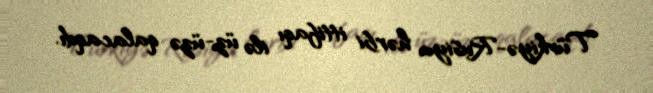
Türkiyə-Rusiya hərbi ittifaqı ilə üz-üzə qalacaqdı.